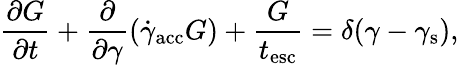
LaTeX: \frac{\partial G}{\partial t}+\frac{\partial}{\partial\gamma}\left(\dot{\gamma}_{\mathrm{acc}}G\right)+\frac{G}{t_{\mathrm{esc}}}=\delta(\gamma-\gamma_{\mathrm{s}}),